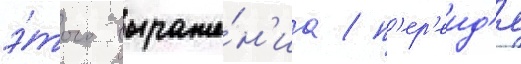
э́того выраже́н'иа / п'ер'еид'я